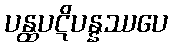
ပန္ထပဋိပန္နဿပေ